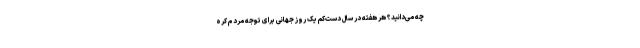
چه می‌دانید؟ هر هفته در سال دست‌کم یک روز جهانی برای توجه مردم کره